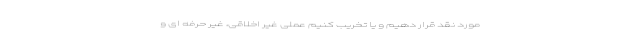
مورد نقد قرار دهیم و یا تخریب کنیم عملی غیر اخلاقی، غیر حرفه ای و